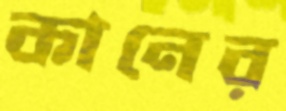
কানের